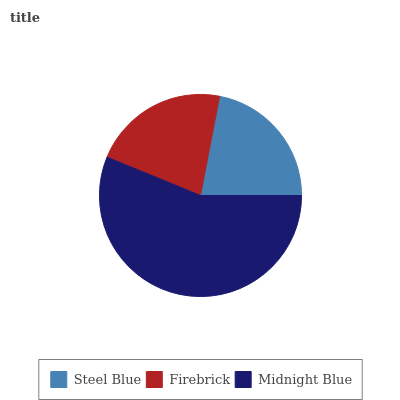
| Steel Blue | Firebrick | Midnight Blue |
 | --- | --- | --- |
 | 22% | 21.8% | 56.2% |